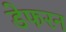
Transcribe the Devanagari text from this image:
डेफरन